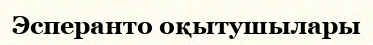
Эсперанто оқытушылары